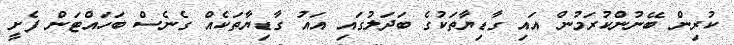
ކުރިން ބޭނުންކުރަމުން އައި ގާޑިޔާތަކުގެ ބަދަލުގައި އައު ގާޑިޔާތަކެއް ގެނެސް ބަހައްޓަން ފެށީ